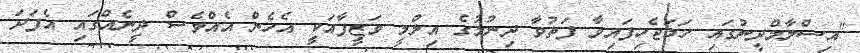
"އިސްލާމްދީނުގައި ހަމަޖެހިފައިވާ ފަތުވާ ދިނުމުގެ އިލްމީ ވަޒީފާއަކީ އެހެން އެއްވެސް ދީނެއްގައި އެފަދަ